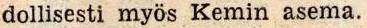
dollisesti myös Kemin asema.